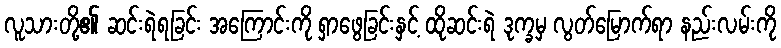
လူသားတို့၏ ဆင်းရဲရခြင်း အကြောင်းကို ရှာဖွေခြင်းနှင့် ထိုဆင်းရဲ ဒုက္ခမှ လွတ်မြောက်ရာ နည်းလမ်းကို